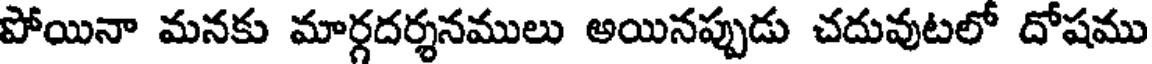
పోయినా మనకు మార్గదర్శనములు అయినప్పుడు చదువుటలో దోషము